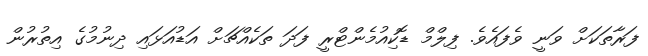
ފަރާތަކަށް ވަނީ ވެފައެވެ. ފިލްމް ޑޮކިއުމެންޓްރީ ފަދަ ތަކެއްޗަށް އަޑުއަޅައި ދިނުމުގެ އިތުރުން